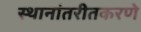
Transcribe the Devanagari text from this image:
स्थानांतरीतकरणे